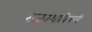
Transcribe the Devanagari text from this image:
राजवंशाविषयी